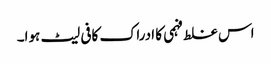
اس غلط فہمی کا ادراک کافی لیٹ ہوا۔